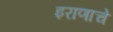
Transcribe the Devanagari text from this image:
इराणाचे